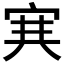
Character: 𡨄